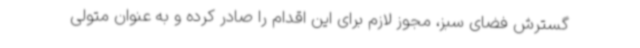
گسترش فضای سبز، مجوز لازم برای این اقدام را صادر کرده و به عنوان متولی